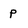
Character: p